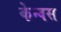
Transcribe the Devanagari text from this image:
केन्वस